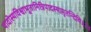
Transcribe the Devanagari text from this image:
पादोस्यविश्वाभूतानित्रिपादस्यामृतन्दिवि॥३॥